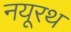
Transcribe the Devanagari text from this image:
नयूरथ